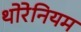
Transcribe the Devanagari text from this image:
थोरेनियम